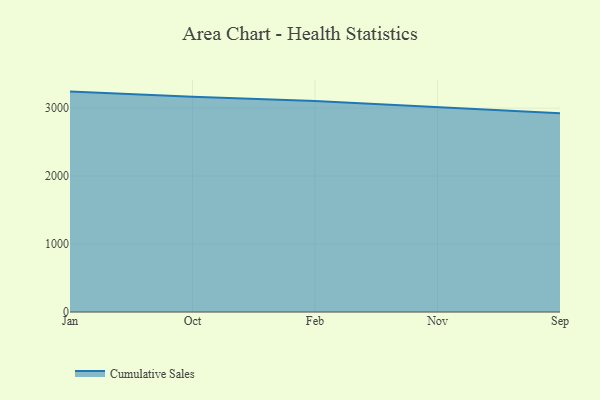
{"axis": {"x": "Month", "y": "Revenue (USD Million)"}, "legend": ["Cumulative Sales"], "data": [{"x": "Jan", "y": 3243.2, "type": "Cumulative Sales"}, {"x": "Oct", "y": 3165.6, "type": "Cumulative Sales"}, {"x": "Feb", "y": 3106.4, "type": "Cumulative Sales"}, {"x": "Nov", "y": 3016.0, "type": "Cumulative Sales"}, {"x": "Sep", "y": 2924.0, "type": "Cumulative Sales"}]}